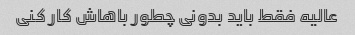
عالیه فقط باید بدونی چطور باهاش کار کنی